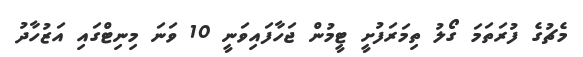
މެޗުގެ ފުރަތަމަ ގޯލު ތިމަރަފުށީ ޓީމުން ޖަހާފައިވަނީ 10 ވަނަ މިނިޓްގައި އަޒުހާދު